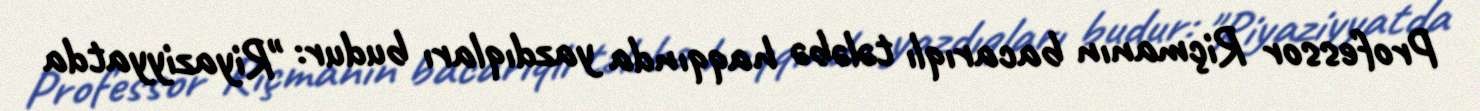
Professor Riçmanın bacarıqlı tələbə haqqında yazdıqları budur: "Riyaziyyatda